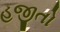
હજીતો